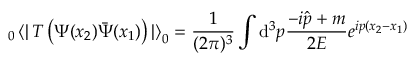
_ 0 \left< \right| T \left( \Psi ( x _ { 2 } ) \bar { \Psi } ( x _ { 1 } ) \right) \left| \right> _ { 0 } = \frac { 1 } { ( 2 \pi ) ^ { 3 } } \int { \mathrm d } ^ { 3 } p \frac { - i \hat { p } + m } { 2 E } e ^ { i p ( x _ { 2 } - x _ { 1 } ) }